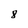
Character: 8